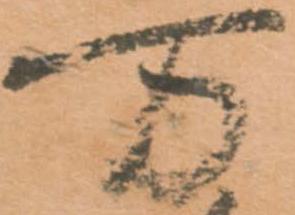
万